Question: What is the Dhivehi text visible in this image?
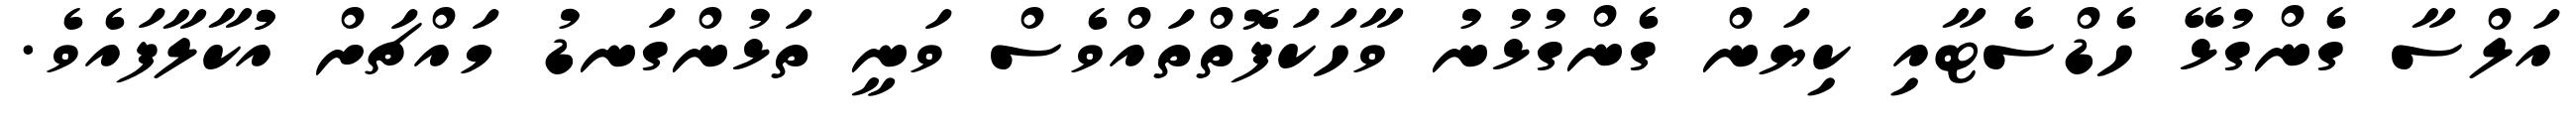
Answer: އަލްސާ ގެންގުޅޭ ހެޑްސެޓާއި ކިޔަން ގެންގުޅުނު ވާހަކަފޮތްތައްވެސް ވަނީ ތަޅުންގަނޑު މައްޗަށް އުުކާލާފައެވެ.